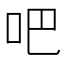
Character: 吧